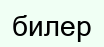
билер